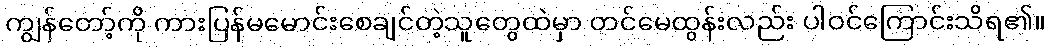
ကျွန်တော့်ကို ကားပြန်မမောင်းစေချင်တဲ့သူတွေထဲမှာ တင်မေထွန်းလည်း ပါဝင်ကြောင်းသိရ၏။